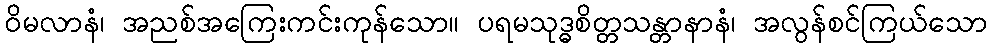
ဝိမလာနံ၊ အညစ်အကြေးကင်းကုန်သော။ ပရမသုဒ္ဓစိတ္တသန္တာနာနံ၊ အလွန်စင်ကြယ်သော